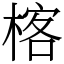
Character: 楁